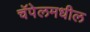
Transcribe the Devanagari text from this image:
चॅपेलमधील